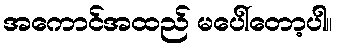
အကောင်အထည် မပေါ်တော့ပါ။